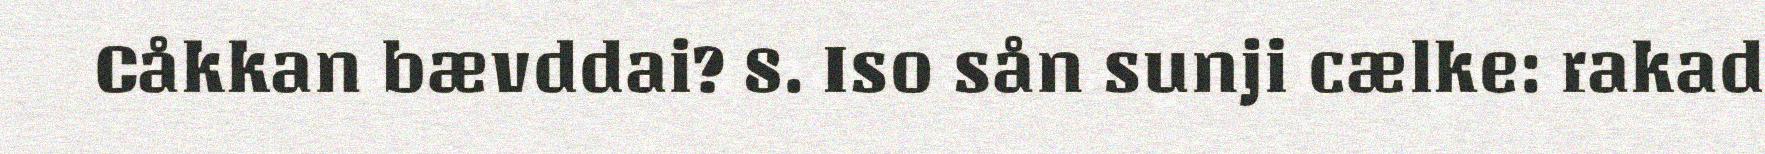
Cåkkan bævddai? 8. Iso sån sunji cælke: rakad